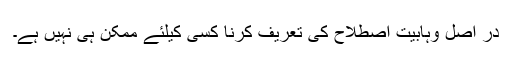
در اصل وہابیت اصطلاح کى تعریف کرنا کسى کیلئے ممکن ہى نہیں ہے۔